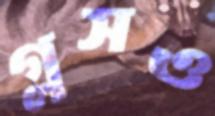
গ্লসও